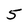
Character: 5